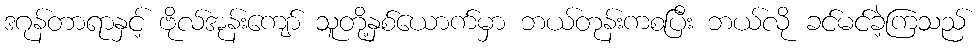
ဒဂုန်တာရာနှင့် ဗိုလ်အုန်းကျော် သူတို့နှစ်ယောက်မှာ ဘယ်တုန်းကစပြီး ဘယ်လို ခင်မင်ခဲ့ကြသည်